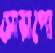
সোয়াপো